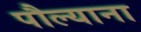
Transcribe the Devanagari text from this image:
पौल्याना